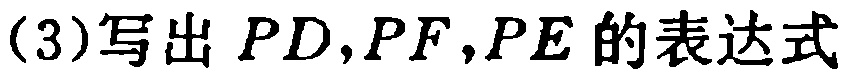
(3)写出 \(PD,PF,PE\) 的表达式